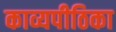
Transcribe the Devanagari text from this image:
काव्यपीठिका